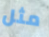
مثل